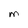
Character: M